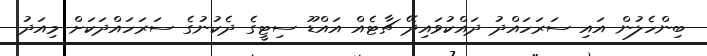
ބިންހެލުން އައި ސަރަހައްދު ދައްކުވައިދޭ ޗާޓެއް އައްޑޫ ސިޓީގެ ދެކުނުގެ ސަރަހައްދަކަށް މިއަދު